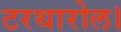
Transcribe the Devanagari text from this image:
टरथारोल।